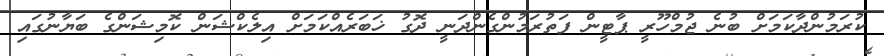
ކުރަމުންދާކަމަށް ބުނެ ޖުމްހޫރީ ޕާޓީން ފަތުރަމުންގެންދަނީ ދޮގު ޚަބަރެއްކަމަށް އިލެކްޝަން ކޮމިޝަންގެ ބަޔާނުގައި